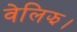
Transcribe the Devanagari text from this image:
वेलिझ।